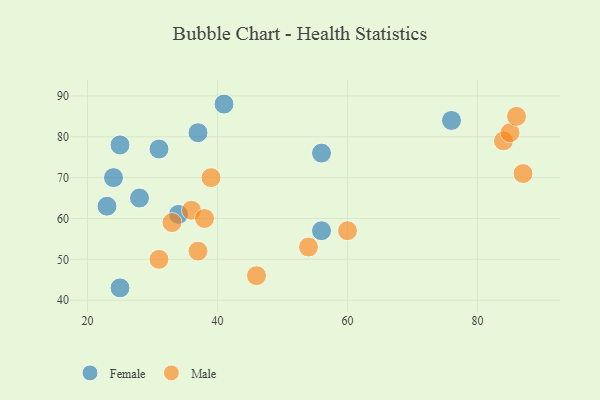
{"axis": {"x": "GDP", "y": "Life Expectancy"}, "legend": ["Female", "Male"], "data": [{"x": "34", "y": 61, "type": "Female"}, {"x": "24", "y": 70, "type": "Female"}, {"x": "37", "y": 81, "type": "Female"}, {"x": "25", "y": 78, "type": "Female"}, {"x": "31", "y": 77, "type": "Female"}, {"x": "76", "y": 84, "type": "Female"}, {"x": "56", "y": 76, "type": "Female"}, {"x": "23", "y": 63, "type": "Female"}, {"x": "28", "y": 65, "type": "Female"}, {"x": "41", "y": 88, "type": "Female"}, {"x": "56", "y": 57, "type": "Female"}, {"x": "25", "y": 43, "type": "Female"}, {"x": "37", "y": 52, "type": "Male"}, {"x": "36", "y": 62, "type": "Male"}, {"x": "87", "y": 71, "type": "Male"}, {"x": "33", "y": 59, "type": "Male"}, {"x": "84", "y": 79, "type": "Male"}, {"x": "60", "y": 57, "type": "Male"}, {"x": "54", "y": 53, "type": "Male"}, {"x": "39", "y": 70, "type": "Male"}, {"x": "46", "y": 46, "type": "Male"}, {"x": "31", "y": 50, "type": "Male"}, {"x": "38", "y": 60, "type": "Male"}, {"x": "85", "y": 81, "type": "Male"}, {"x": "86", "y": 85, "type": "Male"}]}